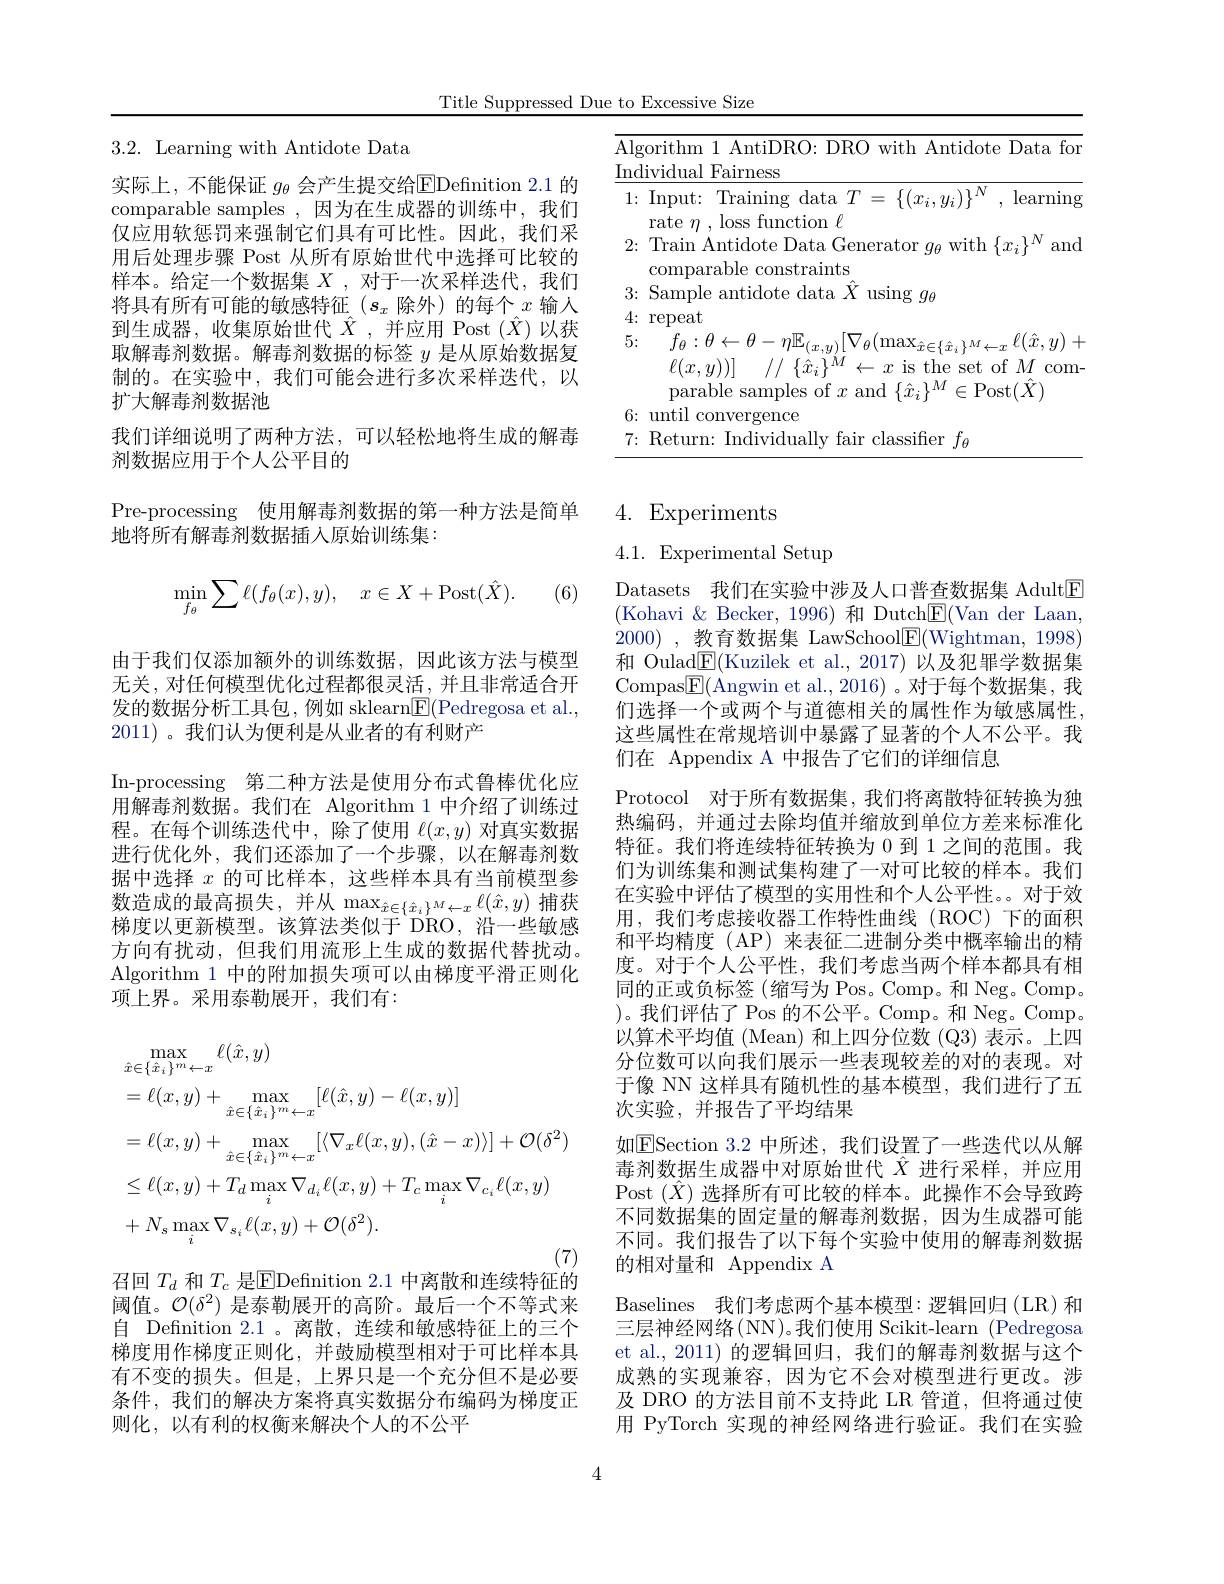
Title Suppressed Due to Excessive Size

<table>
	<tbody>
		<tr>
			<td>$\mathrm{Al}_{\xi}$ Inc</td>
			<td>gorithm 1 AntiDRO: DRO with Antidote Data for $\operatorname{dividual}$ Fairness</td>
		</tr>
		<tr>
			<td>1:</td>
			<td>Input: Training data $T=\{(x_{i},y_{i})\}^{N}$, learning rate $n$, loss function $\ell$</td>
		</tr>
		<tr>
			<td>2:</td>
			<td>Train Antidote Data Generator $g_\theta$ with $\{x_i\}^N$ and comparable constraints</td>
		</tr>
		<tr>
			<td>3:</td>
			<td>Samnl $1ata$ $X$ llsing ntido $\vdots g_{6}$</td>
		</tr>
		<tr>
			<td>4:</td>
			<td>repeat</td>
		</tr>
		<tr>
			<td>5:</td>
			<td>$f_{\theta}:\theta\leftarrow\theta-\eta\mathbb{E}_{(x,y)}[\nabla_{\theta}(\max_{\hat{x}\in\{\hat{x}_{i}\}^{M}\leftarrow x}\ell(\hat{x},y)+$ $\ell(x,y))]$ // $\{ \hat{x} _{i}\} ^{M}$ $\leftarrow x$ is the set of $M$ com- parable samples of $x$ and $\{\hat{x}_{i}\}^M\in$Post$(\hat{X})$</td>
		</tr>
		<tr>
			<td>7: 4 0</td>
			<td>Returm |mdiv lassifer falr 7</td>
		</tr>
	</tbody>
</table>

3.2. Learning with Antidote Data

实际上，不能保证 $g_\theta$ 会产生提交给EDefnition 2. 1 的comparable samples ,因为在生成器的训练中，我们仅应用软惩罚来强制它们具有可比性。因此，我们采用后处理步骤 Post 从所有原始世代中选择可比较的样本。给定一个数据集$X$ ,对于一次采样迭代，我们将具有所有可能的敏感特征($s_x$除外)的每个$x$输入到生成器，收集原始世代$\hat{X}$ ,并应用 Post $(\hat{X})$以获取解毒剂数据。解毒剂数据的标签$y$是从原始数据复制的。在实验中，我们可能会进行多次采样迭代，以扩大解毒剂数据池
我们详细说明了两种方法，可以轻松地将生成的解毒
剂数据应用于个人公平目的
Pre-processing 使用解毒剂数据的第一种方法是简单
地将所有解毒剂数据插入原始训练集：
$$\min_{f_\theta}\sum\ell(f_\theta(x),y),\quad x\in X+\mathrm{Post}(\hat{X}).$$
(6)

由于我们仅添加额外的训练数据，因此该方法与模型无关，对任何模型优化过程都很灵活，并且非常适合开发的数据分析工具包，例如 sklearn$\underline{\mathrm{F}}($Pedregosa et al., 2011)。我们认为便利是从业者的有利财产
In-processing 第二种方法是使用分布式鲁棒优化应用解毒剂数据。我们在 Algorithm 1 中介绍了训练过程。在每个训练迭代中，除了使用$\ell(x,y)$对真实数据进行优化外，我们还添加了一个步骤，以在解毒剂数据中选择$x$的可比样本，这些样本具有当前模型参数造成的最高损失，并从$\max_{\hat{x}\in\{\hat{x}_i\}^M\leftarrow x}\ell(\hat{x},y)$ 捕获梯度以更新模型。该算法类似于 DRO, 沿一些敏感方向有扰动，但我们用流形上生成的数据代替扰动。Algorithm 1 中的附加损失项可以由梯度平滑正则化项上界。采用泰勒展开，我们有：
$$\begin{aligned}&\max_{\hat{x}\in\{\hat{x}_{i}\}^{m}\leftarrow x}\ell(\hat{x},y)\\&=\ell(x,y)+\max_{\hat{x}\in\{\hat{x}_{i}\}^{m}\leftarrow x}[\ell(\hat{x},y)-\ell(x,y)]\\&=\ell(x,y)+\max_{\hat{x}\in\{\hat{x}_{i}\}^{m}\leftarrow x}[\langle\nabla_{x}\ell(x,y),(\hat{x}-x)\rangle]+\mathcal{O}(\delta^{2})\\&\leq\ell(x,y)+T_{d}\max_{i}\nabla_{d_{i}}\ell(x,y)+T_{c}\max_{i}\nabla_{c_{i}}\ell(x,y)\\&+N_{s}\max_{i}\nabla_{s_{i}}\ell(x,y)+\mathcal{O}(\delta^{2}).\end{aligned}$$
召回$T_d$和$T_c$是$\boxed{\mathrm{E}}$Defnition 2.1 中离散和连续特征的

$\begin{array}{l}\text{阈值。}\mathcal{O}(\delta^2)\text{ 是泰勒展开的高阶。最后一个不等式来}\\\text{自 Defnition 2.1 。离散，连续和敏感特征上的三个}\end{array}$ 梯度用作梯度正则化，并鼓励模型相对于可比样本具有不变的损失。但是，上界只是一个充分但不是必要条件，我们的解决方案将真实数据分布编码为梯度正则化，以有利的权衡来解决个人的不公平

# 4. Experiments

4.1. Experimental Setup

Datasets 我们在实验中涉及人口普查数据集 Adult$\boxed{\mathrm{F}}$ (Kohavi & Becker, 1996) 和 Dutch$\underline{\mathrm{E}}($Van der Laan, 2000) ,教育数据集 LawSchool$\underline{\mathrm{F}}($Wightman,1998) 和 Oulad$\underline{\mathrm{E}}($Kuzilek et al., 2017) 以及犯罪学数据集Compas$\boxed{\mathrm{F}}($Angwin et al.,2016)。对于每个数据集，我们选择一个或两个与道德相关的属性作为敏感属性， 这些属性在常规培训中暴露了显著的个人不公平。我们在 Appendix A 中报告了它们的详细信息
Protocol 对于所有数据集，我们将离散特征转换为独热编码，并通过去除均值并缩放到单位方差来标准化特征。我们将连续特征转换为 0 到 1 之间的范围。我们为训练集和测试集构建了一对可比较的样本。我们在实验中评估了模型的实用性和个人公平性。。对于效用，我们考虑接收器工作特性曲线(ROC)下的面积和平均精度(AP)来表征二进制分类中概率输出的精度。对于个人公平性，我们考虑当两个样本都具有相同的正或负标签(缩写为 Pos。Comp。和 Neg。Comp。$) 。我 们 评 估 了$ Pos $的 不 公 平 。Comp。和 Neg。Comp$。以算术平均值 (Mean) 和上四分位数 (Q3) 表示。上四分位数可以向我们展示一些表现较差的对的表现。对于像 NN 这样具有随机性的基本模型，我们进行了五次实验，并报告了平均结果
如$\boxed{\mathrm{F}}$Section 3.2 中所述，我们设置了一些迭代以从解毒剂数据生成器中对原始世代$\hat{X}$进行采样，并应用Post $(\hat{X})$选择所有可比较的样本。此操作不会导致跨不同数据集的固定量的解毒剂数据，因为生成器可能不同。我们报告了以下每个实验中使用的解毒剂数据的相对量和 Appendix A
Baselines 我们考虑两个基本模型：逻辑回归(LR)和三层神经网络(NN)。我们使用 Scikit-learn (Pedregosa et al., 2011) 的逻辑回归，我们的解毒剂数据与这个成熟的实现兼容，因为它不会对模型进行更改。涉及 DRO 的方法目前不支持此 LR 管道，但将通过使用 PyTorch 实现的神经网络进行验证。我们在实验

4